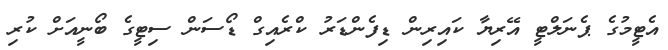
އެޓީމުގެ ޕެނަލްޓީ އޭރިޔާ ކައިރިން ޑިފެންޑަރު ކްރެއިގް ޑޯސަން ސިޓީގެ ބޯނީއަށް ކުރި